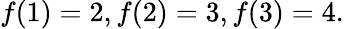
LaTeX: f(1)=2,f(2)=3,f(3)=4.